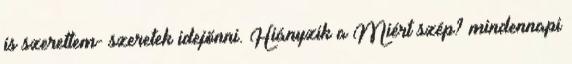
is szerettem- szeretek idejönni. Hiányzik a Miért szép? mindennapi